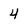
Character: 4